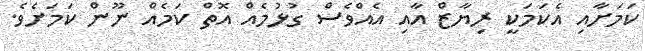
ކަމަށާއި އެކަމަކީ ރިޔާޒް އާއި އެއްވެސް ގުޅުމެއް އޮތް ކަމެއް ނޫން ކަމަށެވެ.